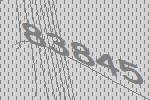
83845